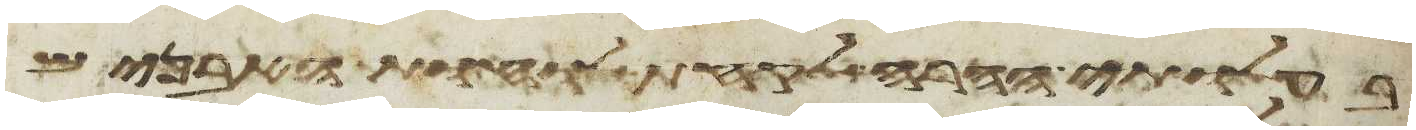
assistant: בעלותי ההרה לקחת לוחות האבנים